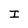
Character: I